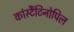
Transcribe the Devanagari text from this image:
कांस्टैंटिनोपिल